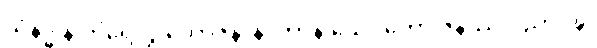
သိနိဒ္ဓါနိ ကိရေလွှ ဘောဇနာနိ၊ တာနိ သေဝတော ဇနဿ ပညာဝဍ္ဎ၊